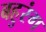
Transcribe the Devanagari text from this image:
बहुरंग